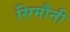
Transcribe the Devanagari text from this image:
सिमौनी